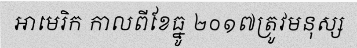
អាមេរិក កាលពីខែធ្នូ ២០១៧ត្រូវមនុស្ស